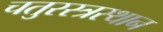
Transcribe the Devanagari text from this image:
चतुरस्त्रस्थान